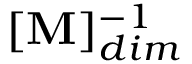
[ \mathbf { M } ] _ { d i m } ^ { - 1 }